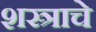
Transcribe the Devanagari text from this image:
शस्त्राचे